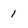
Character: 1